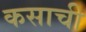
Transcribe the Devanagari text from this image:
कसाची